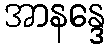
အာနန္ဒေ